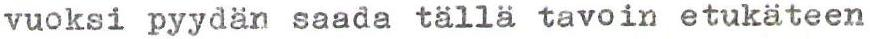
vuoksi pyydän saada tällä tavoin etukäteen